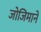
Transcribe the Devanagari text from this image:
जोजिमाने